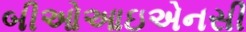
બીઓઆઇએનસી